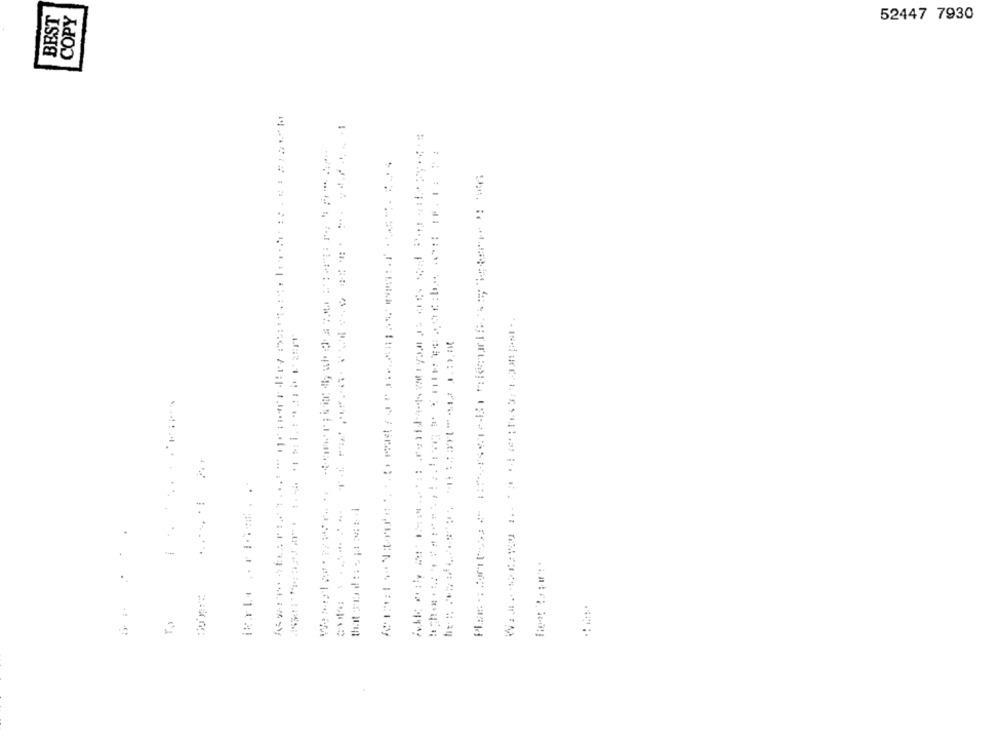
BEST
COPY
52447 7930
.....
2